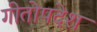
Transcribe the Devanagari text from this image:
गीतोपदेश